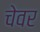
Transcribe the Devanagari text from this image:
चेवर